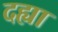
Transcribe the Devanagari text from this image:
दह्या